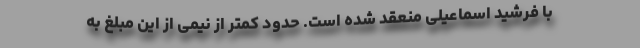
با فرشید اسماعیلی منعقد شده است. حدود کمتر از نیمی از این مبلغ به